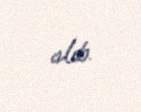
alıb.